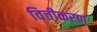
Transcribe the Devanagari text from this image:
वित्तीकरण